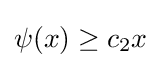
\psi (x)\geq c_{2}x